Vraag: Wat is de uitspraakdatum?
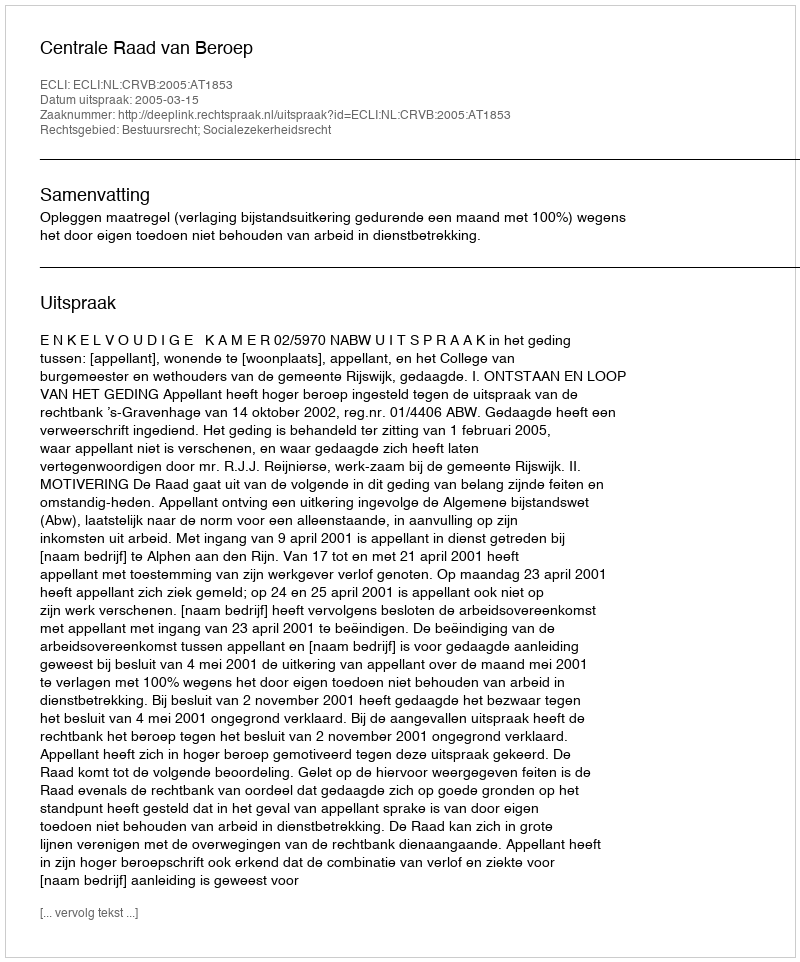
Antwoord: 2005-03-15